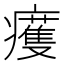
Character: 𤻙